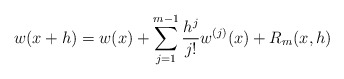
\begin{align*}w(x+h) = w(x) + \sum_{j=1}^{m-1} \frac{h^j}{j!} w^{(j)}(x) + R_m(x,h)\end{align*}